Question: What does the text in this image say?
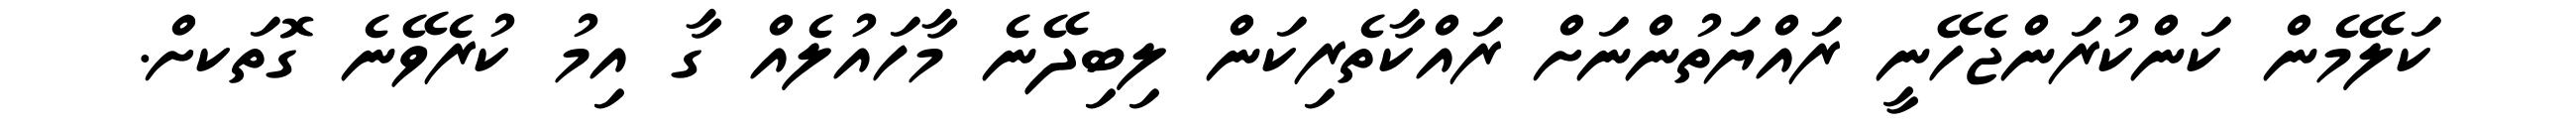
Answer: ކަލޭމެން ކަންކުރަންޖެހޭނީ ރައްޔަތުންނަށް ރައްކާތެރިކަން ލިބިދޭނެ މާހައުލެއް ގާ އިމު ކުރެވޭނެ ގޮތަކށް.